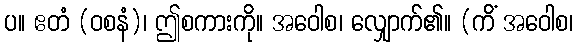
ပ။ ဧတံ (ဝစနံ)၊ ဤစကားကို။ အဝေါစ၊ လျှောက်၏။ (ကိံ အဝေါစ၊